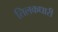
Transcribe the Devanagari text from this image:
तिलकधारी